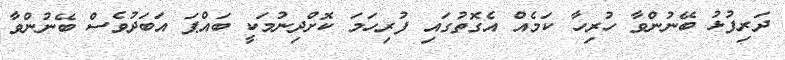
ދަރިފުޅު ބޭނުންވާ ހުރިހާ ކަމެއް އެގޮތުގައި ފުރިހަމަ ކޮށްދިނުމަކީ ބައްޕަ އަބަދުވެސް ބޭނުންވާ